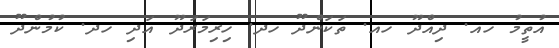
އުތީމު ހއ. ދިއްދޫ ހއ. ތަކަންދޫ ހދ. ހިރިމަރަދޫ އަދި ހދ. ކުމުންދޫ